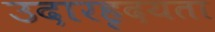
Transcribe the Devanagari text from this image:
उदारहृदयता